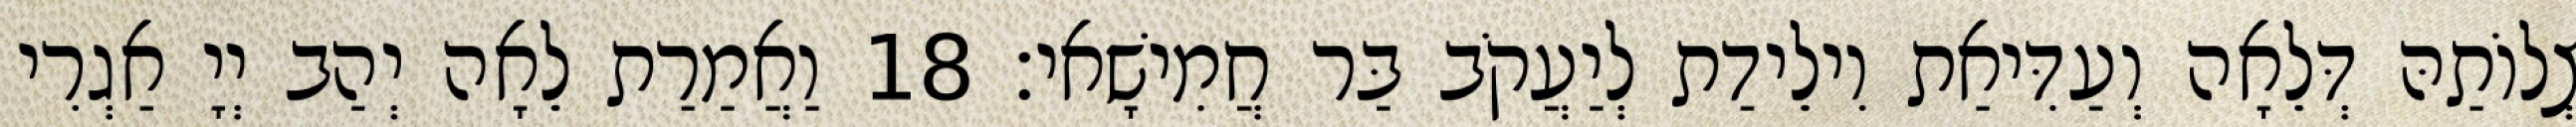
צְלוֹתַהּ דְּלֵאָה וְעַדִּיאַת וִילֵידַת לְיַעֲקֹב בַּר חֲמִישָׁאי׃ 18 וַאֲמַרַת לֵאָה יְהַב יְיָ אַגְרִי